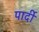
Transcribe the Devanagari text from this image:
पार्दी